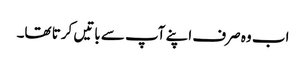
اب وہ صرف اپنے آپ سے باتیں کرتا تھا۔